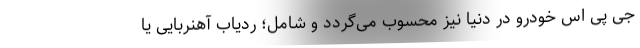
جی پی اس خودرو در دنیا نیز محسوب می‌گردد و شامل؛ ردیاب آهنربایی یا